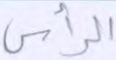
الرأس